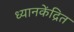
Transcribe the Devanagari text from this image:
ध्यानकेंद्रित